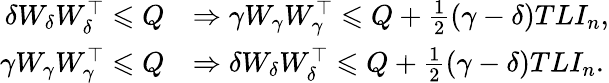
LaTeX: \begin{array}{rl}{\delta W_{\delta}W_{\delta}^{\top}\leqslant Q}&{\Rightarrow\gamma W_{\gamma}W_{\gamma}^{\top}\leqslant Q+\frac{1}{2}(\gamma-\delta)TLI_{n},}\\ {\gamma W_{\gamma}W_{\gamma}^{\top}\leqslant Q}&{\Rightarrow\delta W_{\delta}W_{\delta}^{\top}\leqslant Q+\frac{1}{2}(\gamma-\delta)TLI_{n}.}\end{array}